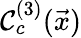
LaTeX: \mathcal C_{c}^{(3)}(\vec{x})